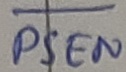
Text: PSEN